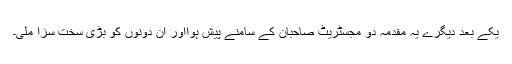
یکے بعد دیگرے یہ مقدمہ دو مجسٹریٹ صاحبان کے سامنے پیش ہوااور ان دونوں کو بڑی سخت سزا ملی۔